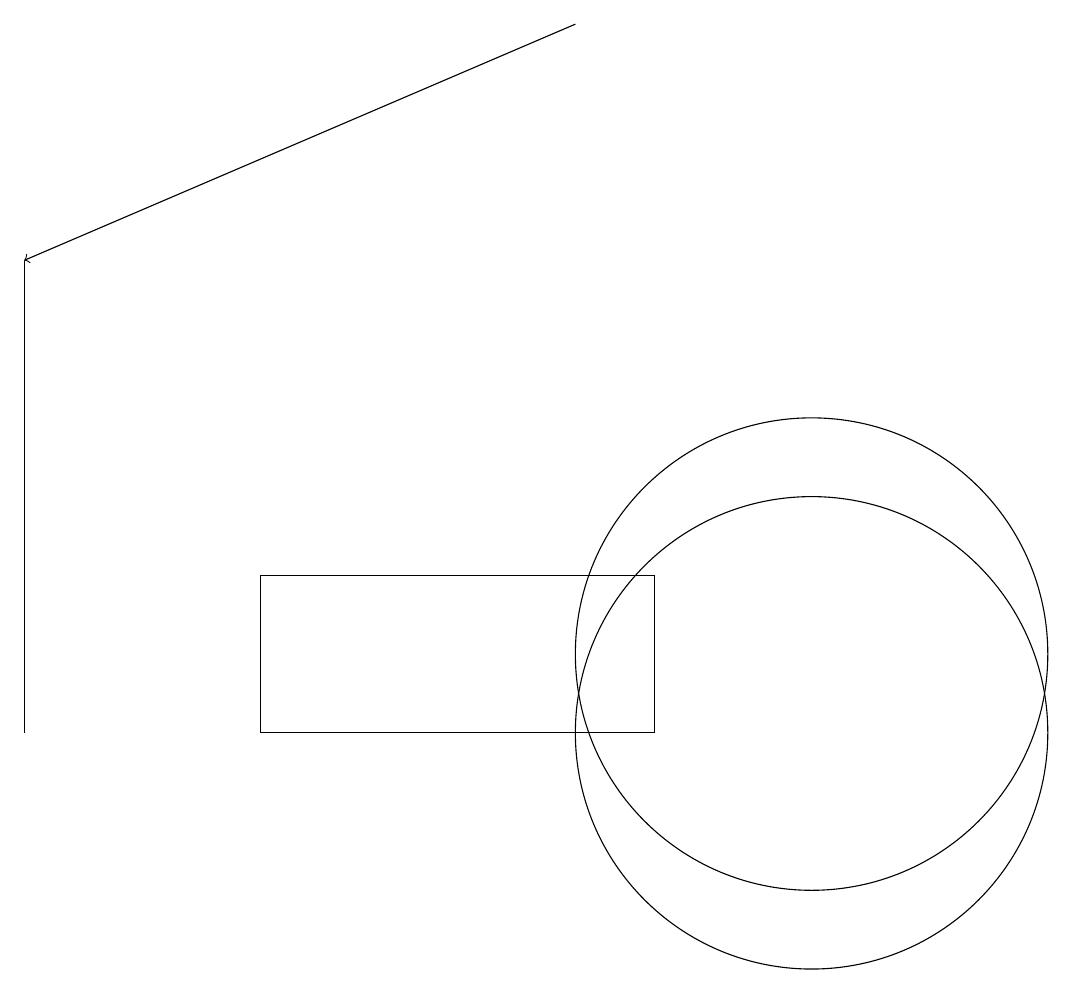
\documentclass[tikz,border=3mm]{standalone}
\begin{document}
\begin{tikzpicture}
\draw (11,11) circle (3);
\draw (11,10) circle (3);
\draw (1,10) rectangle (1,16);
\draw[->] (8,19) -- (1,16);
\draw (4,10) rectangle (9,12);
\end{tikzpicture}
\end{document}